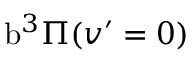
\mathrm { b } ^ { 3 } \Pi ( v ^ { \prime } = 0 )